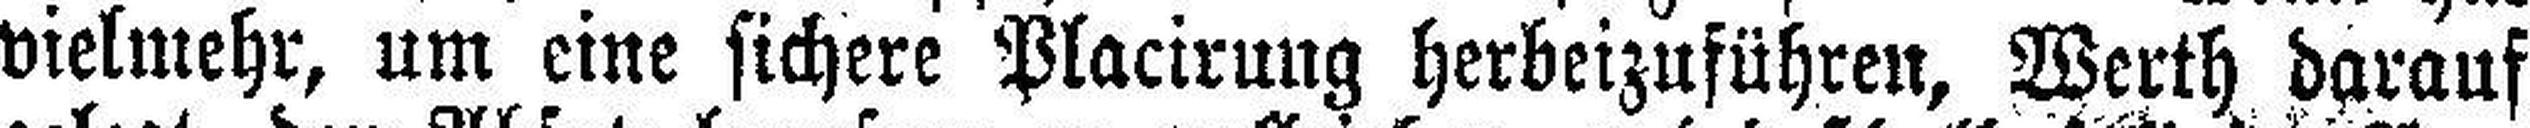
vielmehr, um eine sichere Placirung herbeizuführen, Werth darauf